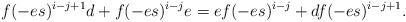
LaTeX: \begin{align*}f(-es)^{i-j+1}d+f(-es)^{i-j}e=ef(-es)^{i-j}+df(-es)^{i-j+1}.\end{align*}